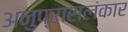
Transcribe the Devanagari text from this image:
अनुप्रासलंकार